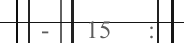
-   15   :